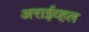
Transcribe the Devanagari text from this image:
अराईव्हल